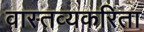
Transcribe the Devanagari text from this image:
वास्तव्यकरिता